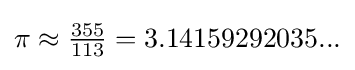
{\textstyle \pi \approx {\frac {355}{113}}=3.14159292035...}